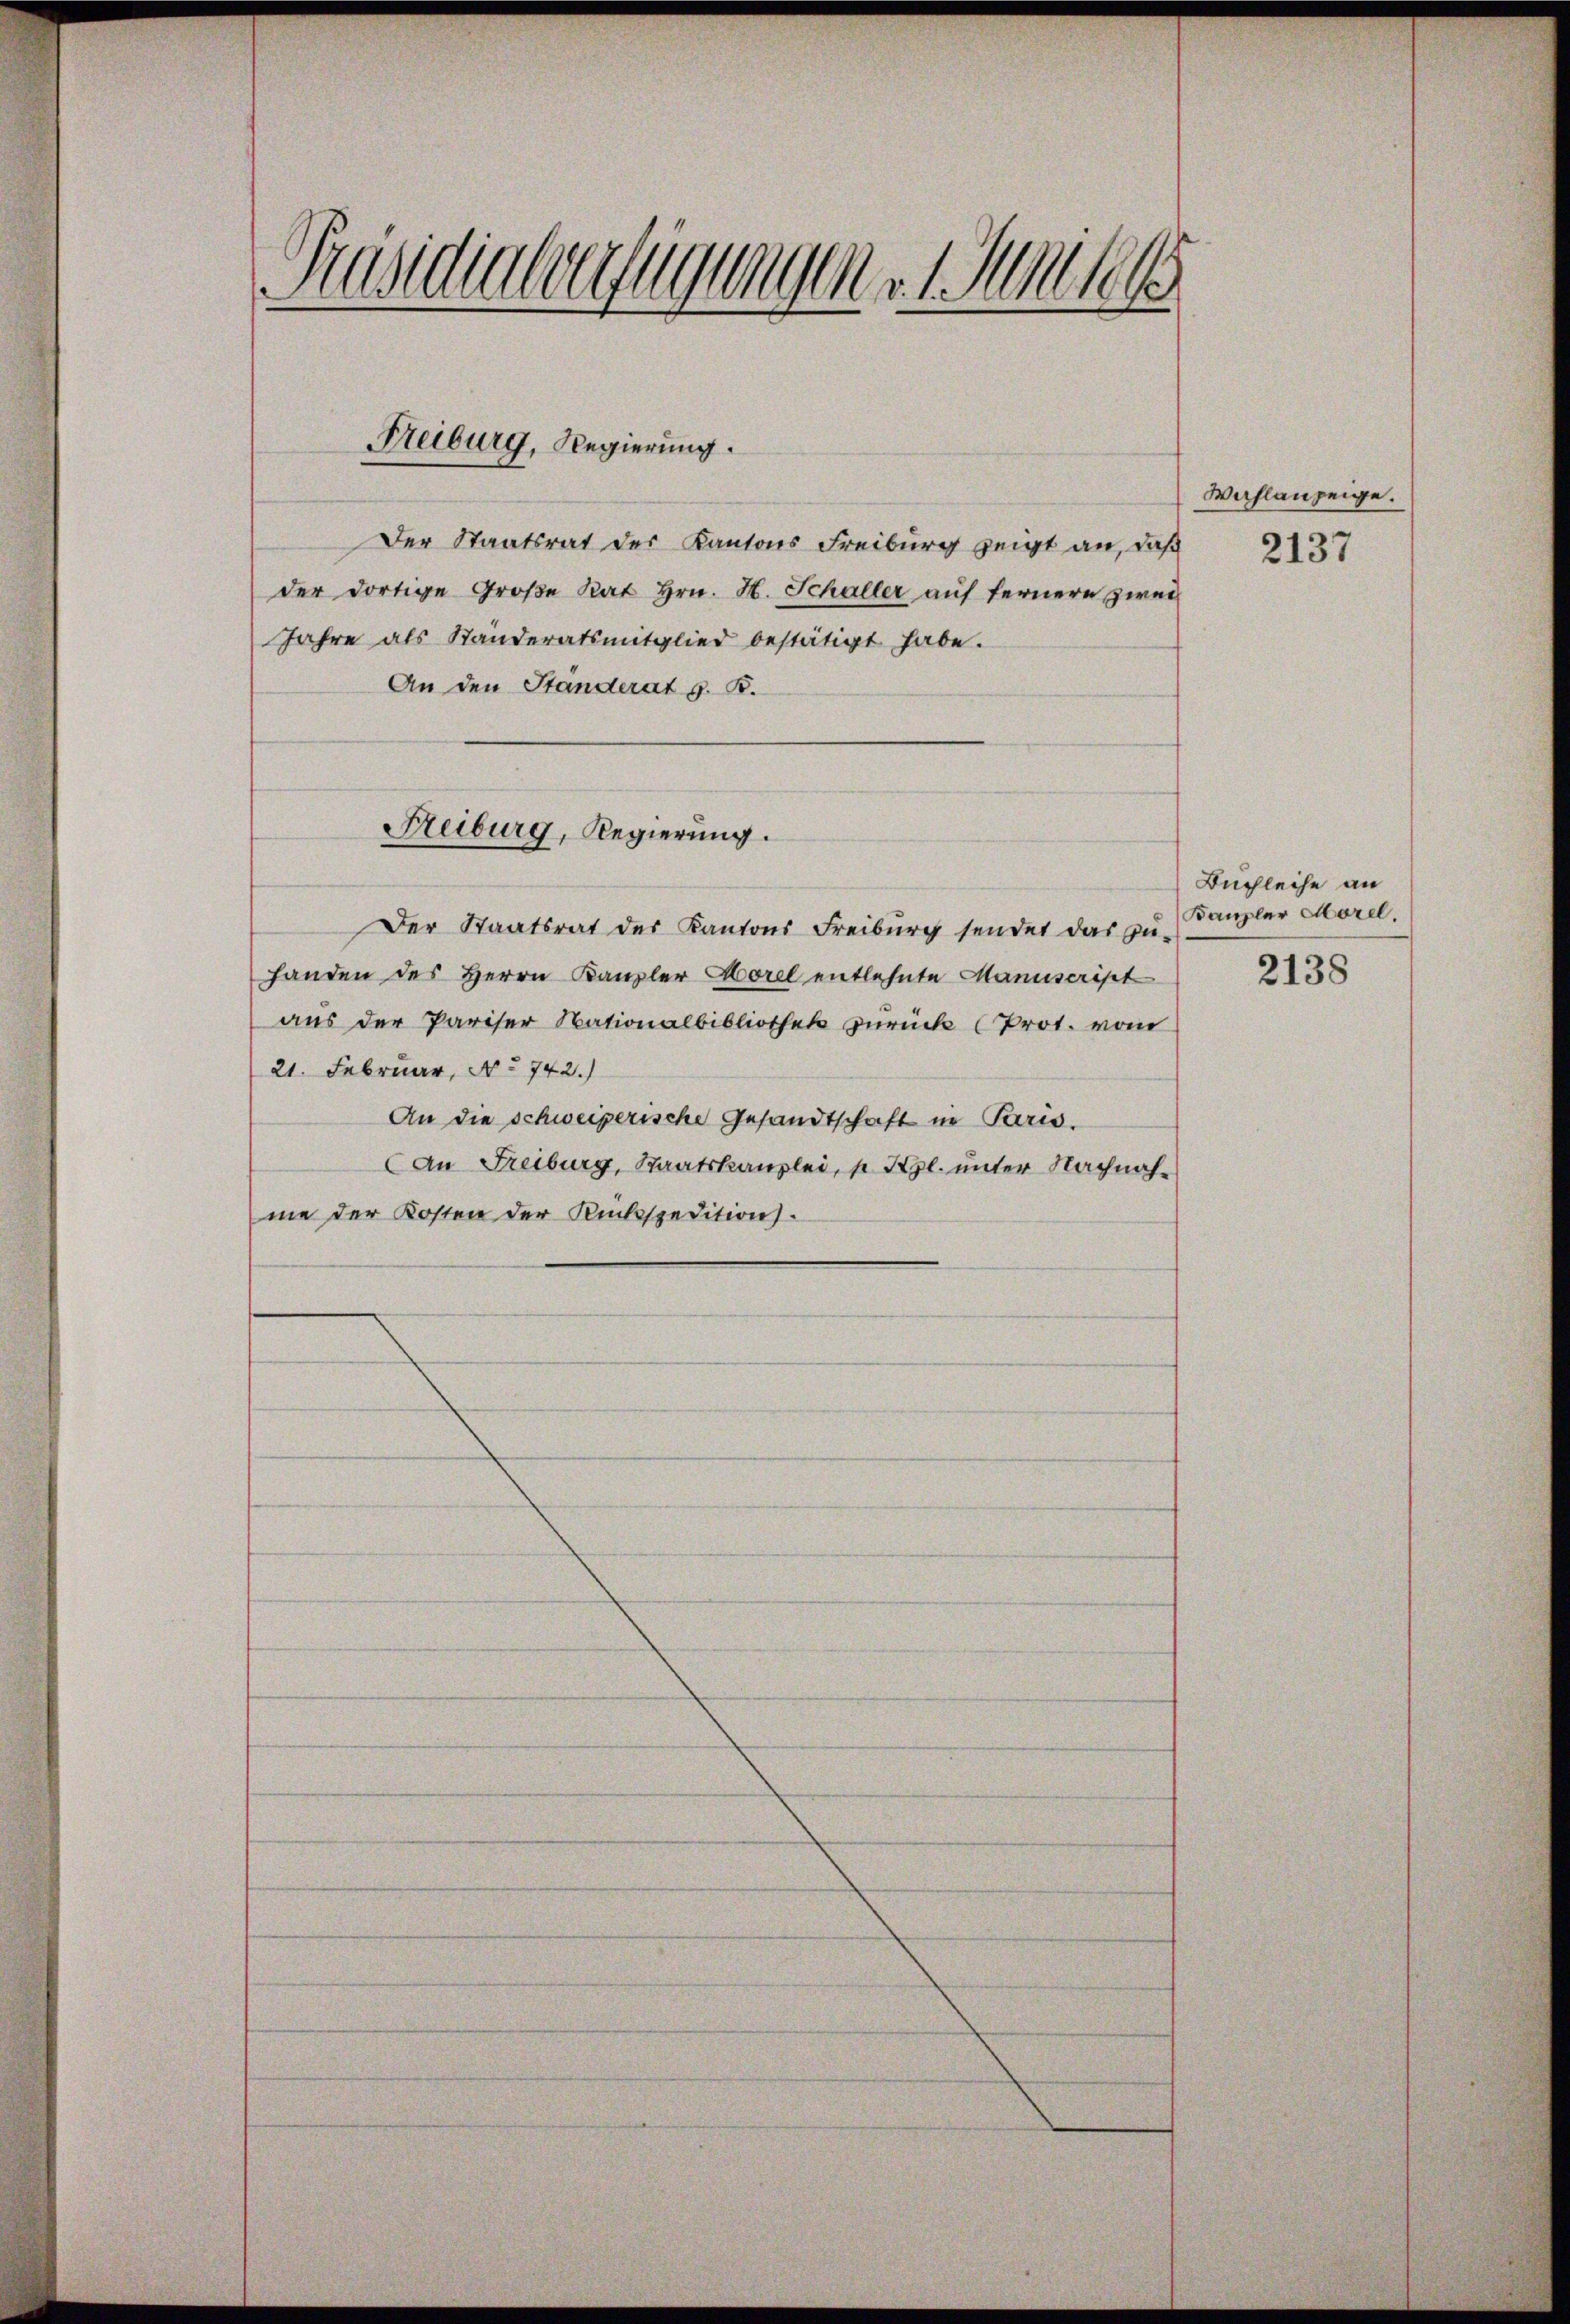
Präsidialverfügungene Junkel

Freiburg, Regierung.

Der Staatsrat des Kantons Freiburg zeigt an, daß
der dortige Große Rat Hrn. H. Schaller auf fernere zwei
Jahre als Standeratsmitglied bestätigt habe.
An den Ständerat G. B.
Der Staatsrat des Kantons Freiburg sendet das zu-
handen des Herrn Kanzler Horel entlehnte Manuscript
aus der Pariser Nationalbibliothek zurück (Prot. vom
21. Februar, No 742.)
An die schweizerische Gesandtschaft in Paris.
An Freiburg, Staatskanzlei, 1 Kgl. unter Nachnah-
me der Kosten der Rückspedition.

Reiburg, Regierung.

Wahlanzeige.

2137

Buchleihe an
Kanzler Morel.
2138